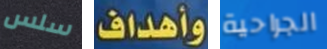
سلس وأهداف الجراحية